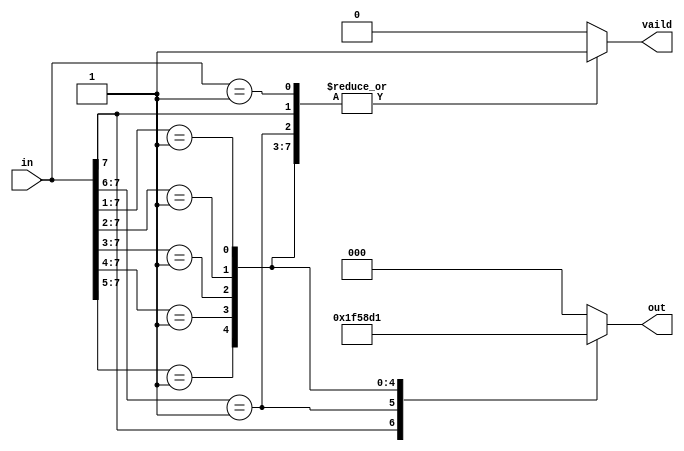
`timescale 1ns / 1ps
//////////////////////////////////////////////////////////////////////////////////
// Company: 
// Engineer: 
// 
// Design Name: 
// Module Name: penc8
// Project Name: 
// Target Devices: 
// Tool Versions: 
// Description: 
// 
// Dependencies: 
// 
// Revision:
// Revision 0.01 - File Created
// Additional Comments:
// 
//////////////////////////////////////////////////////////////////////////////////


module penc8(
    input [7:0] in,
    output [2:0] out,
    output vaild
    );
    
    reg _vaild;
    reg [2:0] _out;
    
    always@(*) begin
        casez (in)
            8'b1???????: begin
                _out = 7; _vaild = 1;
            end
            8'b01??????: begin
                _out = 6; _vaild = 1;  
            end
            8'b001?????: begin
                _out = 5; _vaild = 1;
            end
            8'b0001????: begin
                _out = 4; _vaild = 1;
            end
            8'b00001???: begin
                _out = 3; _vaild = 1;
            end
            8'b000001??: begin
                _out = 2; _vaild = 1;
            end
            8'b0000001?: begin
                _out = 1; _vaild = 1;
            end
            8'b00000001: begin
                _out = 0; _vaild = 1;
            end
            default: begin
                _out = 0; _vaild = 0;
            end
        endcase
    end
    
    assign out = _out;
    assign vaild = _vaild;
    
endmodule